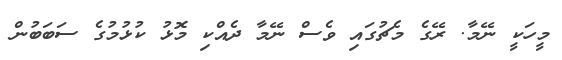
މީހަކީ ނޭމާ. ރޭގެ މެޗުގައި ވެސް ނޭމާ ދެއްކި މޮޅު ކުޅުމުގެ ސަބަބުން